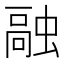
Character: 𫋊